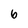
Character: 6